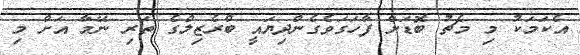
އެކަމަކު މި މެޗު ބޮޑަށް ފާހަގަވެގެންދިޔައީ ބްރެޒިލްގެ ތަރި ނޭމާ އަށް މި